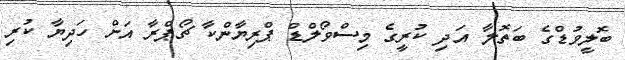
ބޮލީވުޑްގެ ބަތޮލާ އަދި ކުރީގެ މިސްވޯލްޑް ޕްރިޔާންކާ ޗޯޕްރާ އަށް ހަދިޔާ ކުރި